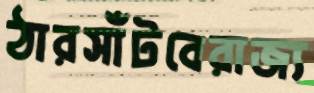
ঠারসাঁটবেরাজ্য